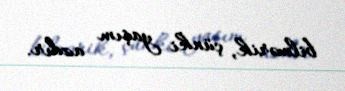
bilmərik, çünki yaşım azdır.